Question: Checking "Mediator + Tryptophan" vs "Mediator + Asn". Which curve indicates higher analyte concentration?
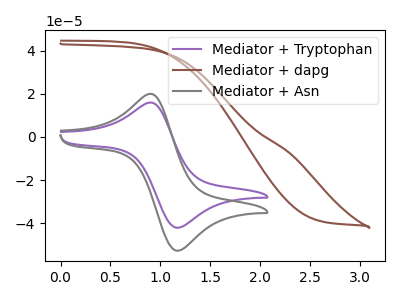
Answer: <think>The purple curve "Mediator + Tryptophan" has an anodic peak at (0.90V, 15.80uA) and a cathodic peak at (1.15V, -42.10uA). The brown curve "Mediator + dapg" has no peaks. The gray curve "Mediator + Asn" has an anodic peak at (0.90V, 19.80uA) and a cathodic peak at (1.15V, -52.75uA).
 All the peaks in "Mediator + Tryptophan" have a peak in "Mediator + Asn" at the same potential. Every peak in "Mediator + Tryptophan" is lower than every peak in "Mediator + Asn".</think>
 <answer>"Mediator + Tryptophan" has less signal than "Mediator + Asn" and so likely has a lower concentration.</answer>
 <eval>less_concentration</eval>